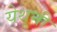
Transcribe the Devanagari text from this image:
येथूनी